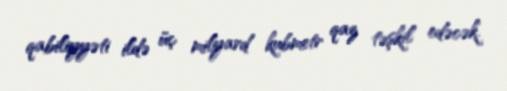
qabiliyyəti ildə üç milyard kubmetr qaz təşkil edəcək.